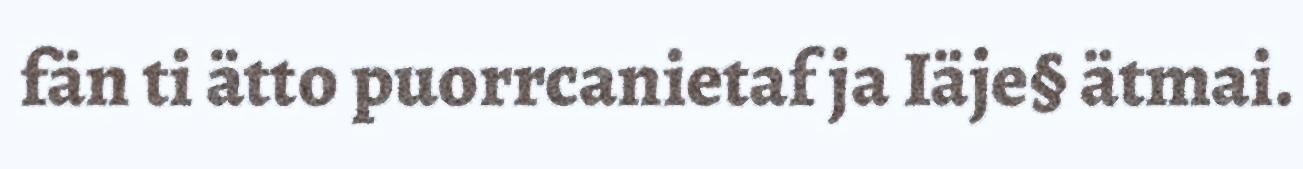
fän ti ätto puorrcanietaf ja Iäje§ ätmai.